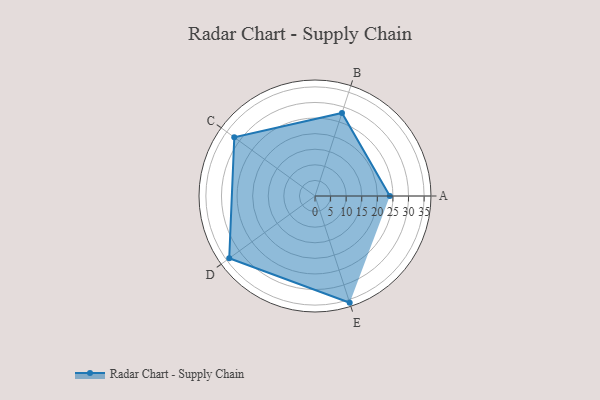
{"axis": {"x": "Skill", "y": "Score"}, "legend": ["Profile"], "data": [{"x": "A", "y": 24.0, "type": "Profile"}, {"x": "B", "y": 28.0, "type": "Profile"}, {"x": "C", "y": 32.0, "type": "Profile"}, {"x": "D", "y": 34.0, "type": "Profile"}, {"x": "E", "y": 36.0, "type": "Profile"}]}